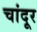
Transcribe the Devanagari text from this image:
चांदूर